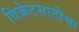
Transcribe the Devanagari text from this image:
विकेटसाठीचा